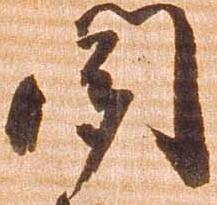
聞